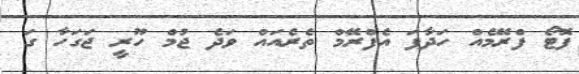
ފޮޓޯ ފްރޭމެއް ހަދާފަ އެފްރޭމް ތެރެއައް ވަދެ ޖުމް ހޫރީ ޖަގަހާ ގަ